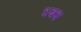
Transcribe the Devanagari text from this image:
धबध